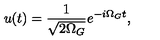
u ( t ) = \frac { 1 } { \sqrt { 2 \Omega _ { G } } } e ^ { - i \Omega _ { G } t } ,